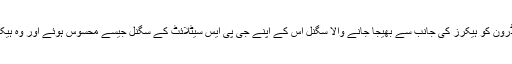
اس تکنیک کے تحت ڈرون کو ہیکرز کی جانب سے بھیجا جانے والا سگنل اس کے اپنے جی پی ایس سیٹلائٹ کے سگنل جیسے محسوس ہوئے اور وہ ہیکرز کے قابو میں آ گیا۔